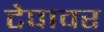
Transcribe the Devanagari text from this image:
टेपावर